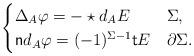
LaTeX: \begin{align*}\begin{cases}\Delta_A \varphi = - \star d_A E &\Sigma,\\ \mathsf{n} d_A\varphi = (-1)^{\Sigma-1}\mathsf{t}E& \partial \Sigma.\end{cases}\end{align*}